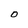
Character: O